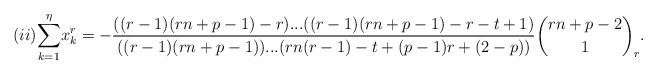
LaTeX: \begin{align*}(ii)\underset{k=1}{\overset{\eta }{\sum }}x_{k}^{r}=-\frac{((r-1)(rn+p-1)-r)...((r-1)(rn+p-1)-r-t+1)}{((r-1)(rn+p-1))...(rn(r-1)-t+(p-1)r+(2-p))}\binom{rn+p-2}{1}_{r}{\tiny .}\end{align*}